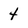
Character: 4